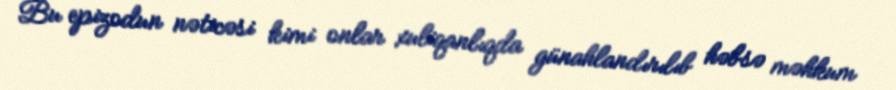
Bu epizodun nəticəsi kimi onlar xuliqanlıqda günahlandırılıb həbsə məhkum